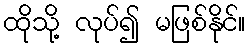
ထိုသို့ လုပ်၍ မဖြစ်နိုင်။